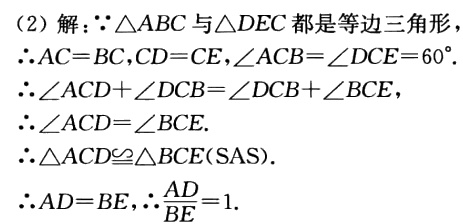
（2）解：\(\because\triangle ABC\)与\(\triangle DEC\)都是等边三角形，
\(\therefore AC = BC,CD = CE,\angle ACB=\angle DCE = 60^{\circ}\).
\(\therefore\angle ACD+\angle DCB=\angle DCB+\angle BCE\)，
\(\therefore\angle ACD=\angle BCE\).

\(\therefore\triangle ACD\cong\triangle BCE(\text{SAS})\).

\(\therefore AD = BE,\therefore\frac{AD}{BE}=1\).